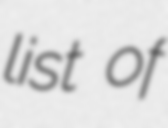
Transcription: list of